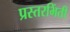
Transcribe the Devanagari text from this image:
प्रस्तरभिंती